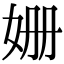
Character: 姗